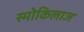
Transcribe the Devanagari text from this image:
स्मोकिलाज